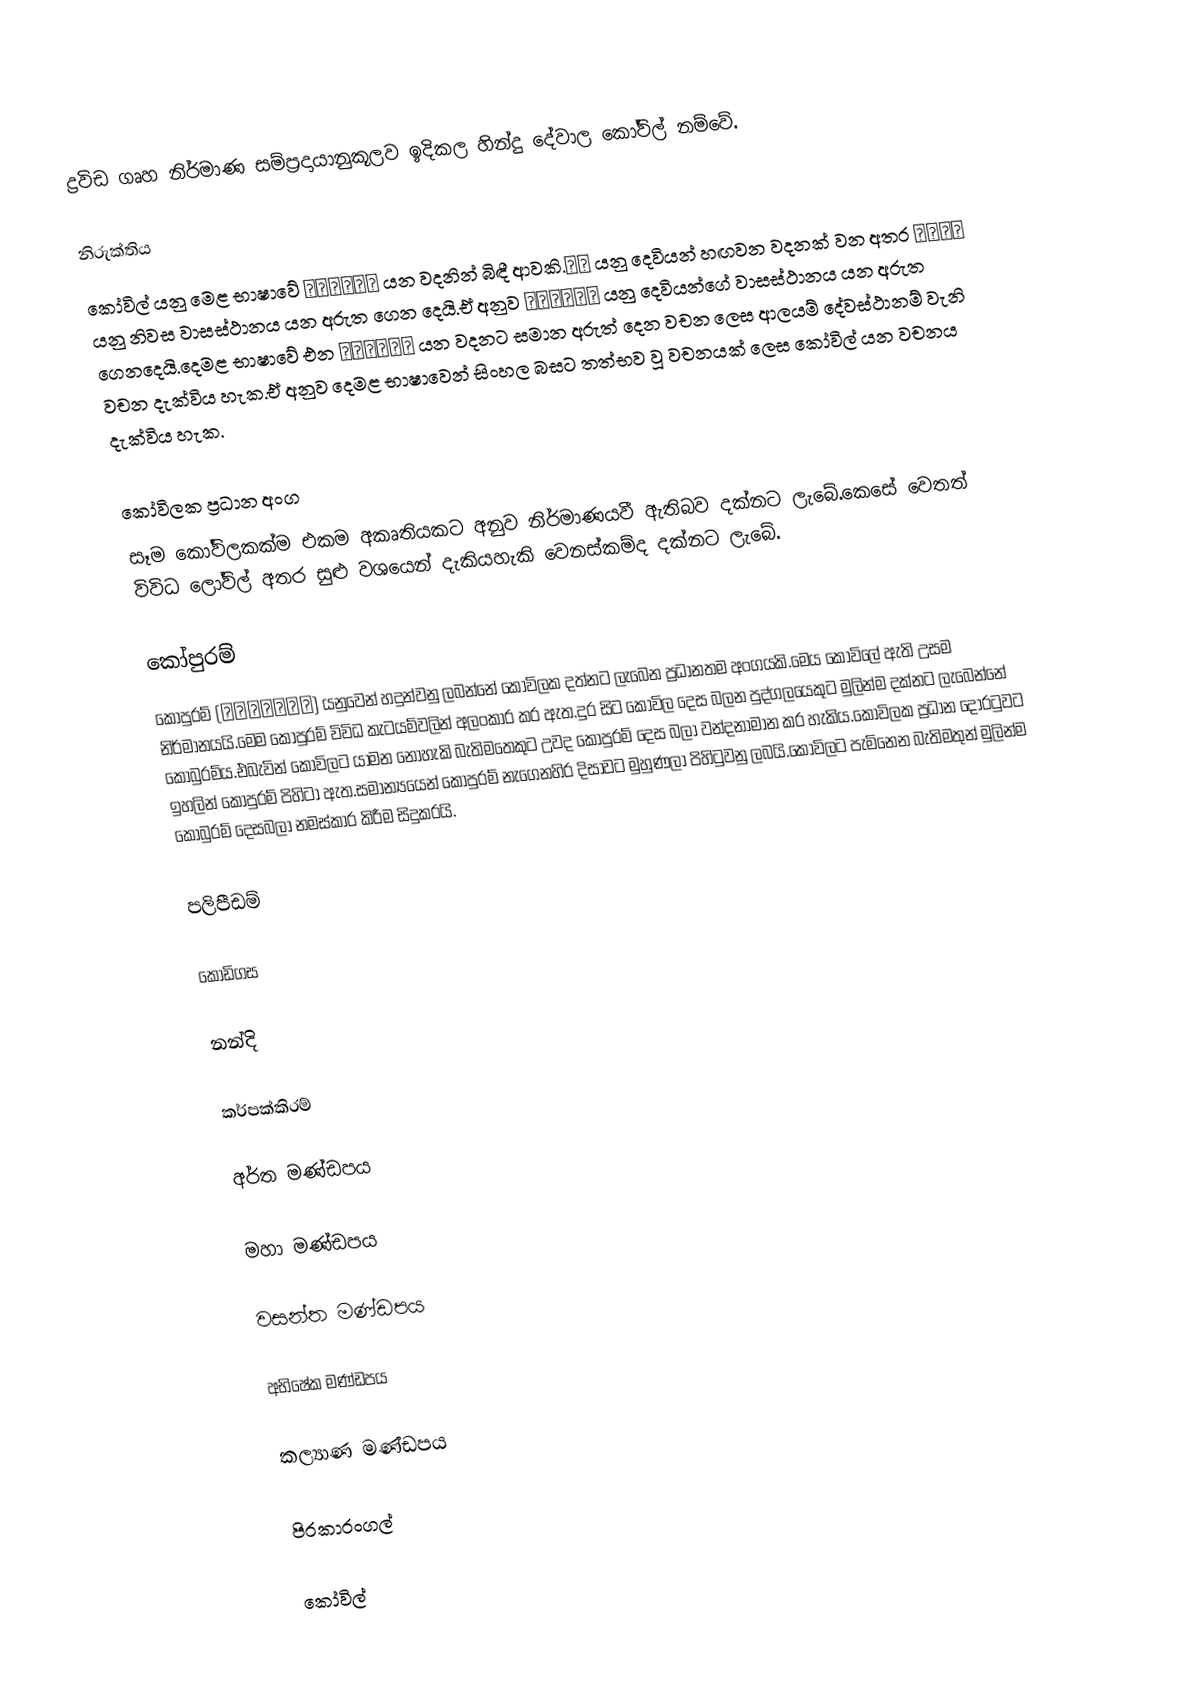
ද්‍රවිඩ ගෘහ නිර්මාණ සම්ප්‍රදායානුකූලව ඉදිකල  හින්දු දේවාල කෝවිල් නම්වේ.

නිරුක්තිය
කෝවිල් යනු මෙළ භාෂාවේ கொயில் යන වදනින් බිඳී ආවකි.கொ යනු දෙවියන් හඟවන වදනක් වන අතර யில் යනු නිවස වාසස්ථානය යන අරුත ගෙන දෙයි.ඒ අනුව கொயில் යනු දෙවියන්ගේ වාසස්ථානය යන අරුත ගෙනදෙයි.දෙමළ භාෂාවේ එන கொயில் යන වදනට සමාන අරුත් දෙන වචන ලෙස ආලයම් දේවස්ථානම් වැනි වචන දැක්විය හැක.ඒ අනුව දෙමළ භාෂාවෙන් සිංහල බසට තත්භව වූ වචනයක් ලෙස කෝවිල් යන වචනය දැක්විය හැක.

කෝවිලක ප්‍රධාන අංග
සෑම කෝවිලකක්ම එකම අකෘතියකට අනුව නිර්මාණයවී ඇතිබව දක්නට ලැබේ.කෙසේ වෙතත් විවිධ ලෝවිල් අතර සුළු වශයෙන් දැකියහැකි වෙනස්කම්ද දක්නට ලැබේ.

කෝපුරම්
කෝපුරම් (கொபுரம்) යනුවෙන් හදුන්වනු ලබන්නේ කෝවිලක දත්නට ලැබෙන ප්‍රධානතම අංගයකි.මෙය කෝවිලේ ඇති උසම නිර්මානයයි.මෙම කොපුරම් විවිධ කැටයම්වලින් අලංකාර කර ඇත.දුර සිට කෝවිල දෙස බලන පුද්ගලයෙකුට මුලින්ම දක්නට ලැබෙන්නේ කෝබුරම්ය.එබැවින් කොවිලට යාමන නොහැකි බැතිමතෙකුට උවද කොපුරම් දෙස බලා වන්දනාමාන කර හැකිය.කොවිලක ප්‍රධාන දොරටුවට ඉහලින් කෝපුරම් පිහිටා ඇත.සමාන්‍යයෙන් කොපුරම් නැගෙනහිර දිසාවට මුහුණලා පිහිටුවනු ලබයි.කොවිලට පැමිනෙන බැතිමතුන් මුලින්ම කොබුරම් දෙසබලා නමස්කාර කිරීම සිදුකරයි.

පලිපීඩම්

කොඩිගස

නන්දි

කර්පක්කිරම්

අර්ත මණ්ඩපය

මහා මණ්ඩපය

වසන්ත මණ්ඩපය

අභිෂේක මණ්ඩපය

කල්‍යාණ මණ්ඩපය

පිරකාරංගල්

කෝවිල්